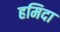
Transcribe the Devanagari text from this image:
हमिदा